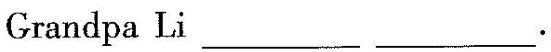
Grandpa Li ___ ___ .